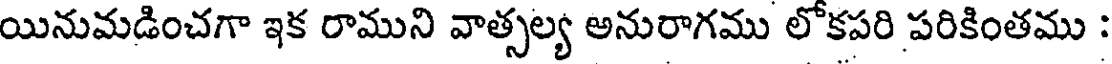
యినుమడించగా ఇక రాముని వాత్సల్య అనురాగము లోకపరి పరికింతము :